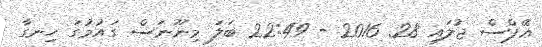
ޢޭޕްސް ޖުލައި 28